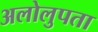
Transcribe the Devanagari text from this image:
अलोलुपता